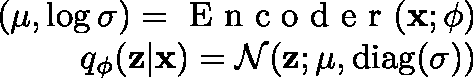
\begin{array} { r } { ( \mathbf { \mu } , \log \mathbf { \sigma } ) = \mathrm { ~ E ~ n ~ c ~ o ~ d ~ e ~ r ~ } ( \mathbf { x } ; \mathbf { \phi } ) } \\ { q _ { \phi } ( \mathbf { z } | \mathbf { x } ) = \mathcal { N } ( \mathbf { z } ; \mathbf { \mu } , \operatorname { d i a g } ( \mathbf { \sigma } ) ) } \end{array}